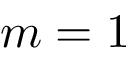
m = 1